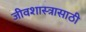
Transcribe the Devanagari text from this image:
जीवशास्त्रासाठी